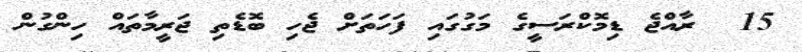
15  ރާއްޖެ ޑިމޮކްރަސީގެ މަގުގައި ފަހަތަށް ޖެހި ބޮޑެތި ޖަރީމާތައް ހިންގުން